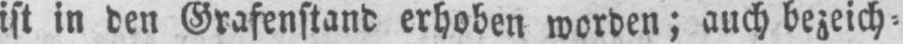
ist in den Grafenstand erhoben worden; auch bezeich⸗